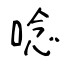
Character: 唸